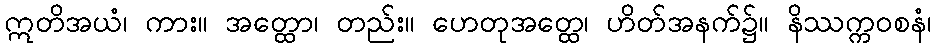
ဣတိအယံ၊ ကား။ အတ္ထော၊ တည်း။ ဟေတုအတ္ထေ၊ ဟိတ်အနက်၌။ နိဿက္ကဝစနံ၊